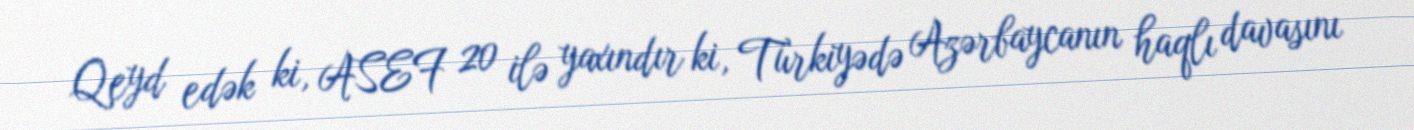
Qeyd edək ki, ASEF 20 ilə yaxındır ki, Türkiyədə Azərbaycanın haqlı davasını